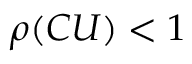
\rho ( C U ) < 1